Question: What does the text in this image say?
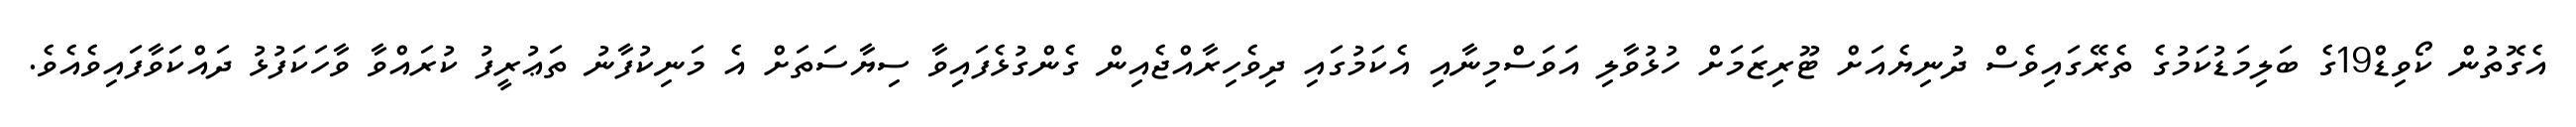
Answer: އެގޮތުން ކޯވިޑް19ގެ ބަލިމަޑުކަމުގެ ތެރޭގައިވެސް ދުނިޔެއަށް ޓޫރިޒަމަށް ހުޅުވާލި އަވަސްމިނާއި އެކަމުގައި ދިވެހިރާއްޖެއިން ގެންގުޅެފައިވާ ސިޔާސަތަށް އެ މަނިކުފާނު ތަޢުރީފު ކުރައްވާ ވާހަކަފުޅު ދައްކަވާފައިވެއެވެ.